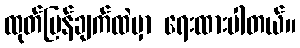
ထုတ်ပြန်ချက်ထဲမှာ ရေးထားပါတယ်။